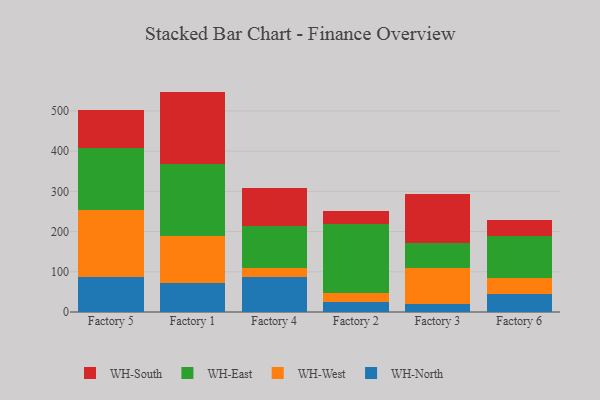
{"axis": {"x": "Factory", "y": "Demand Index"}, "legend": ["WH-East", "WH-North", "WH-South", "WH-West"], "data": [{"x": "Factory 5", "y": 86.4, "type": "WH-North"}, {"x": "Factory 5", "y": 167.4, "type": "WH-West"}, {"x": "Factory 5", "y": 154.1, "type": "WH-East"}, {"x": "Factory 5", "y": 95.0, "type": "WH-South"}, {"x": "Factory 1", "y": 72.8, "type": "WH-North"}, {"x": "Factory 1", "y": 116.4, "type": "WH-West"}, {"x": "Factory 1", "y": 179.7, "type": "WH-East"}, {"x": "Factory 1", "y": 179.2, "type": "WH-South"}, {"x": "Factory 4", "y": 86.6, "type": "WH-North"}, {"x": "Factory 4", "y": 22.3, "type": "WH-West"}, {"x": "Factory 4", "y": 105.6, "type": "WH-East"}, {"x": "Factory 4", "y": 93.0, "type": "WH-South"}, {"x": "Factory 2", "y": 24.5, "type": "WH-North"}, {"x": "Factory 2", "y": 22.5, "type": "WH-West"}, {"x": "Factory 2", "y": 170.7, "type": "WH-East"}, {"x": "Factory 2", "y": 33.0, "type": "WH-South"}, {"x": "Factory 3", "y": 19.5, "type": "WH-North"}, {"x": "Factory 3", "y": 88.7, "type": "WH-West"}, {"x": "Factory 3", "y": 63.8, "type": "WH-East"}, {"x": "Factory 3", "y": 121.7, "type": "WH-South"}, {"x": "Factory 6", "y": 43.7, "type": "WH-North"}, {"x": "Factory 6", "y": 39.8, "type": "WH-West"}, {"x": "Factory 6", "y": 105.0, "type": "WH-East"}, {"x": "Factory 6", "y": 39.5, "type": "WH-South"}]}